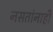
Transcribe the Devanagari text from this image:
नसतांनाहीं